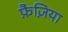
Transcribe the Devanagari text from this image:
फ़ैज़िया